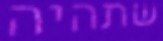
שתהיה